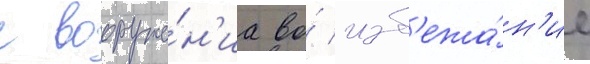
с вооруже́н'иа во́ изб'ежа́н'ие